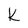
Character: k